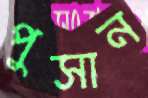
পুসান